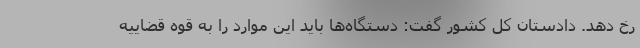
رخ دهد. دادستان کل کشور گفت: دستگاه‌ها باید این موارد را به قوه قضاییه